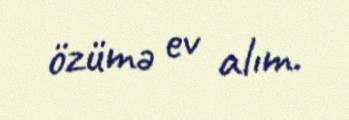
özümə ev alım.